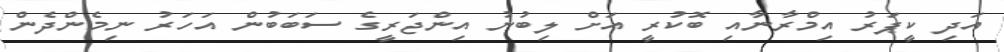
އަދި ކީޕަރު އިމްރާނާއި ބޮކުރީ އަށް ލިބުނު އިންޖަރީގެ ސަބަބުން އަހަރު ނިމެންދެން